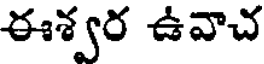
ఈశ్వర ఉవాచ